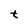
Character: t